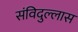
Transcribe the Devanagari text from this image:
संविदुल्लास